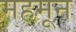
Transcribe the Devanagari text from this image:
महमून